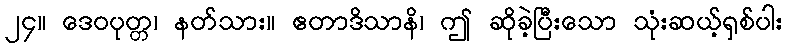
၂၄။ ဒေဝပုတ္တ၊ နတ်သား။ ဧတာဒိသာနိ၊ ဤ ဆိုခဲ့ပြီးသော သုံးဆယ့်ရှစ်ပါး